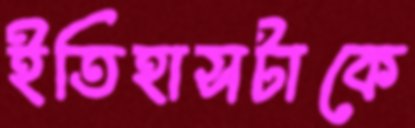
ইতিহাসটাকে